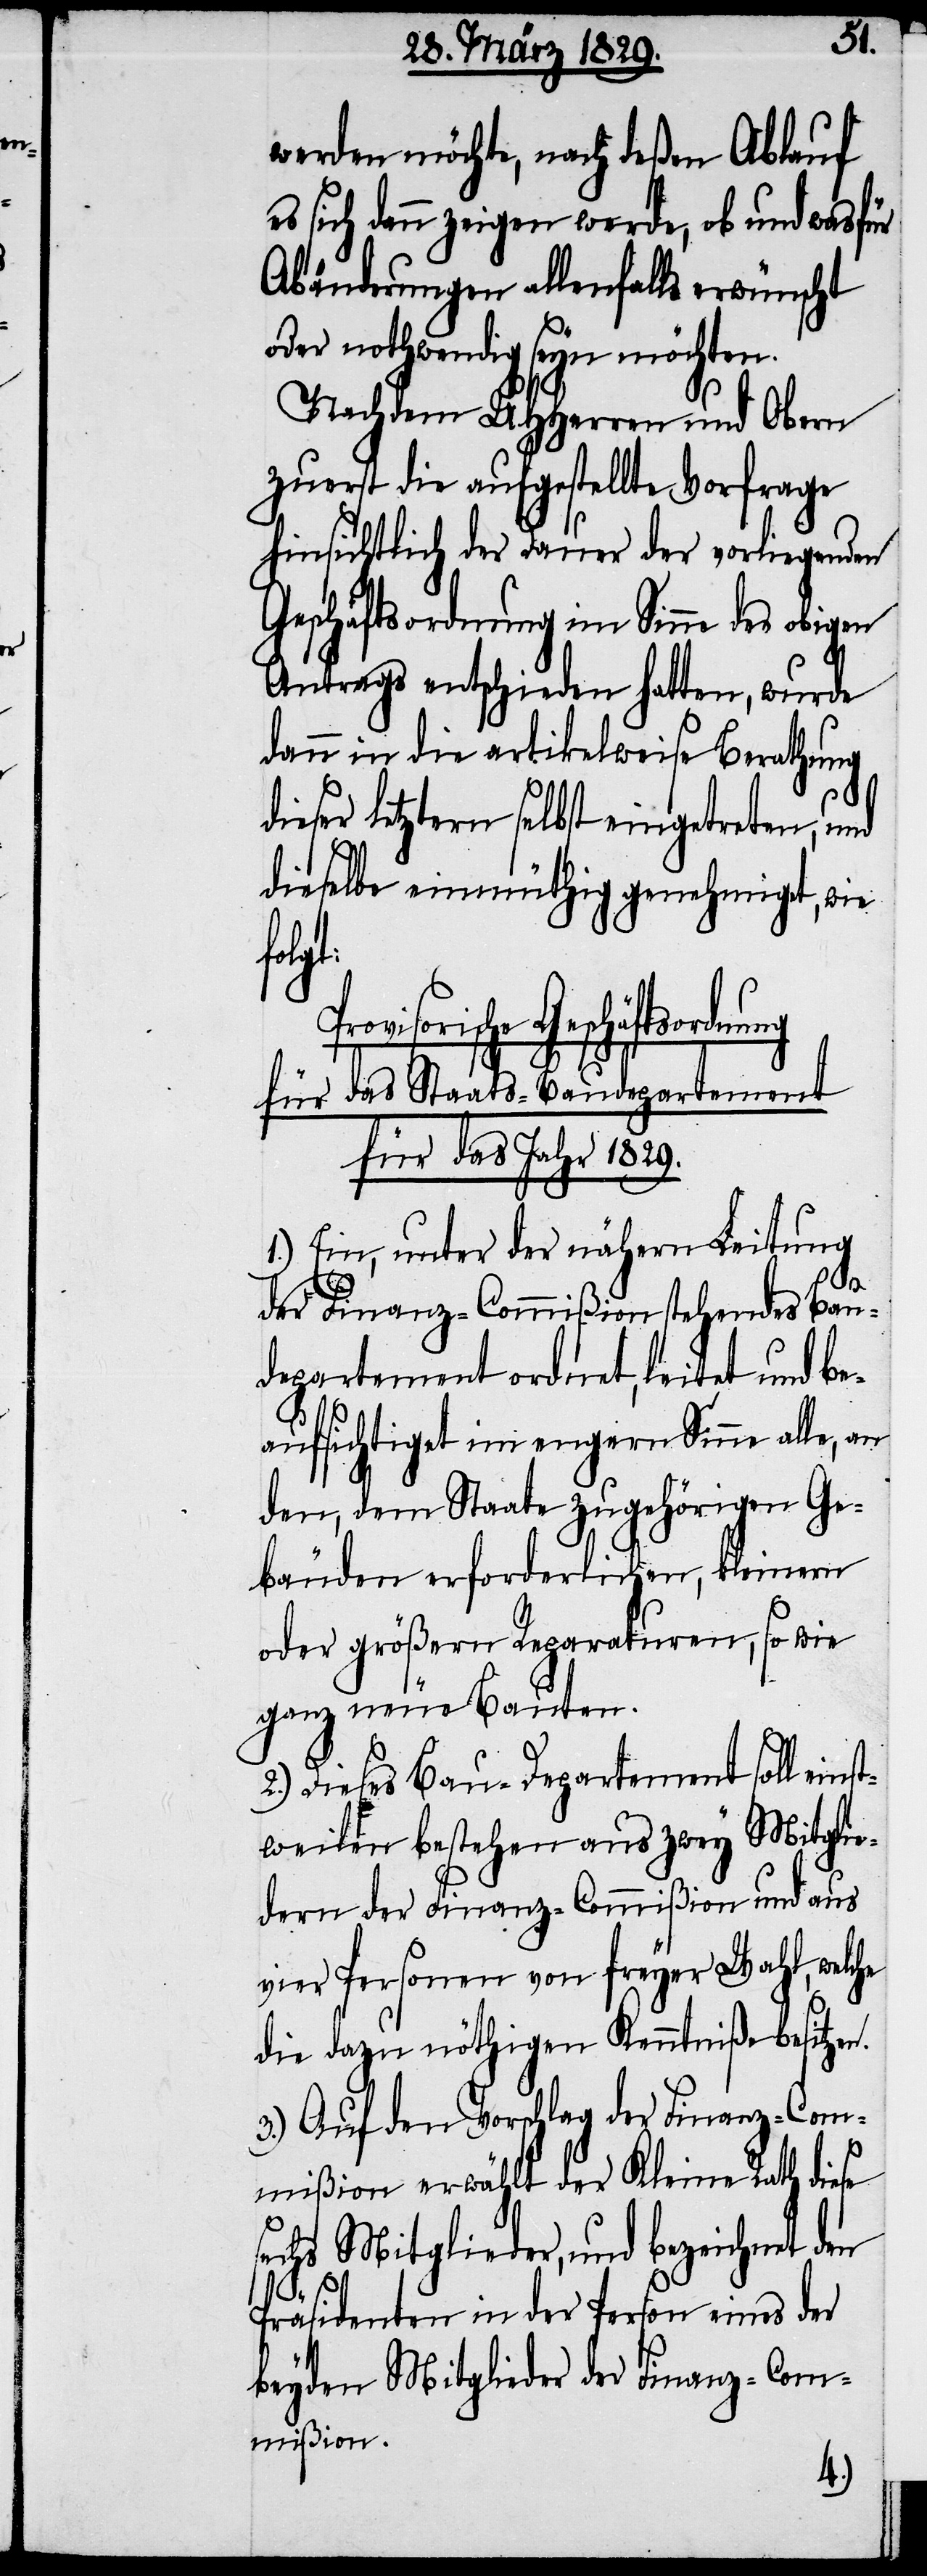
werden möchte, nach deßen Ablauf
es sich denn zeigen werde, ob und wasfür
Abänderungen allenfalls erwünscht
oder nothwendig seyn möchten.
Nachdem UUHerren und Obern
zuerst die aufgestellte Vorfrage
hinsichtlich der Dauer der vorliegenden
Geschäftsordnung im Sinne des obigen
Antrags entschieden hatten, wurde
dann in die artikelweise Berathung
dieser letztern selbst eingetreten, und
dieselbe einmüthig genehmiget, wie
folgt:
visorische Geschäftsordn¬
für das Staats-Baudepartement
für das Jahr 1829.
1.) Ein, unter der nähern Leitung
der Finanz-Commißion stehendes Bau¬
departement ordnet, leitet und be¬
aufsichtigt im engern Sinne alle, an
den, dem Staate zugehörigen Ge¬
bäuden erforderlichen, kleinen
oder größern Reparaturen, so wie
ganz neue Bauten.
2.) Dieses Bau-Departement soll eins¬
tweilen bestehen aus zwey Mitglie¬
dern der Finanz-Commißion und aus
vier Personen von freyer Wahl, welche
die dazu nöthigen Kenntniße besitzen.
3.) Auf den Vorschlag der Finanz-Com¬
mißion erwählt der Kleine Rath diese
sechs Mitglieder, und bezeichnet den
ung
Präsidenten in der Person eines der
beyden Mitglieder der Finanz-Com¬
mißion.